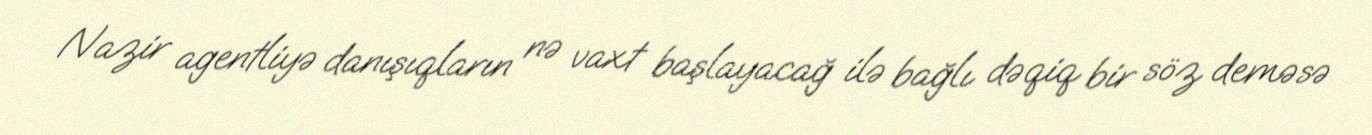
Nazir agentliyə danışıqların nə vaxt başlayacağ ilə bağlı dəqiq bir söz deməsə